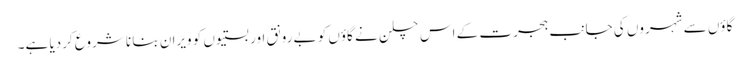
گاؤں سے شہروں کی جانب ہجرت کے اس چلن نے گاؤں کو بے رونق اور بستیوں کو ویران بنا نا شروع کردیا ہے۔